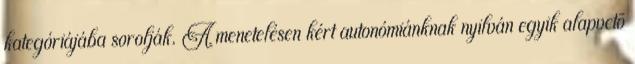
kategóriájába sorolják. A menetelésen kért autonómiánknak nyilván egyik alapvetõ